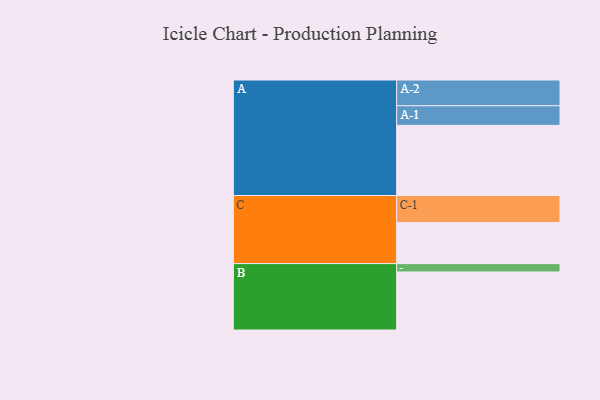
{"axis": {"x": "Segment", "y": "Value"}, "legend": ["", "A", "B", "C"], "data": [{"x": "A", "y": 580, "type": ""}, {"x": "B", "y": 480, "type": ""}, {"x": "C", "y": 339, "type": ""}, {"x": "A-1", "y": 162, "type": "A"}, {"x": "A-2", "y": 213, "type": "A"}, {"x": "B-1", "y": 69, "type": "B"}, {"x": "C-1", "y": 224, "type": "C"}]}